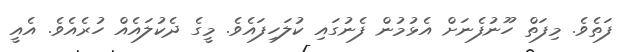
ފަތެވެ. މިފަތް ހޫނުފެނަށް އެޅުމުން ފެނުގައި ކުލަހިފައެވެ. މީގެ ދެކުލައެއް ހުރެއެވެ. އެއީ